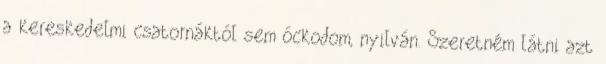
a kereskedelmi csatornáktól sem óckodom, nyilván. Szeretném látni azt